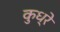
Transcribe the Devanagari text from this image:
कुध्रे